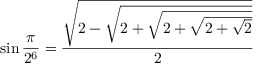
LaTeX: \sin { \frac { \pi } { 2 ^ { 6 } } } = { \frac { \sqrt { 2 - { \sqrt { 2 + { \sqrt { 2 + { \sqrt { 2 + { \sqrt { 2 } } } } } } } } } } { 2 } }